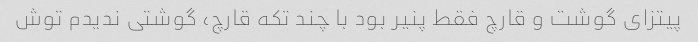
پیتزای گوشت و قارچ فقط پنیر بود با چند تکه قارچ، گوشتی ندیدم توش